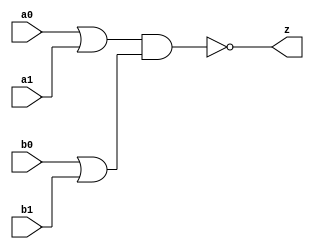
//#############################################################################
//# Function: Or-And-Inverter (oai22) Gate                                    #
//# Copyright: Lambda Project Authors. All rights Reserved.                   #
//# License:  MIT (see LICENSE file in Lambda repository)                     #
//#############################################################################

module la_oai22 #(
    parameter PROP = "DEFAULT"
) (
    input  a0,
    input  a1,
    input  b0,
    input  b1,
    output z
);

    assign z = ~((a0 | a1) & (b0 | b1));

endmodule